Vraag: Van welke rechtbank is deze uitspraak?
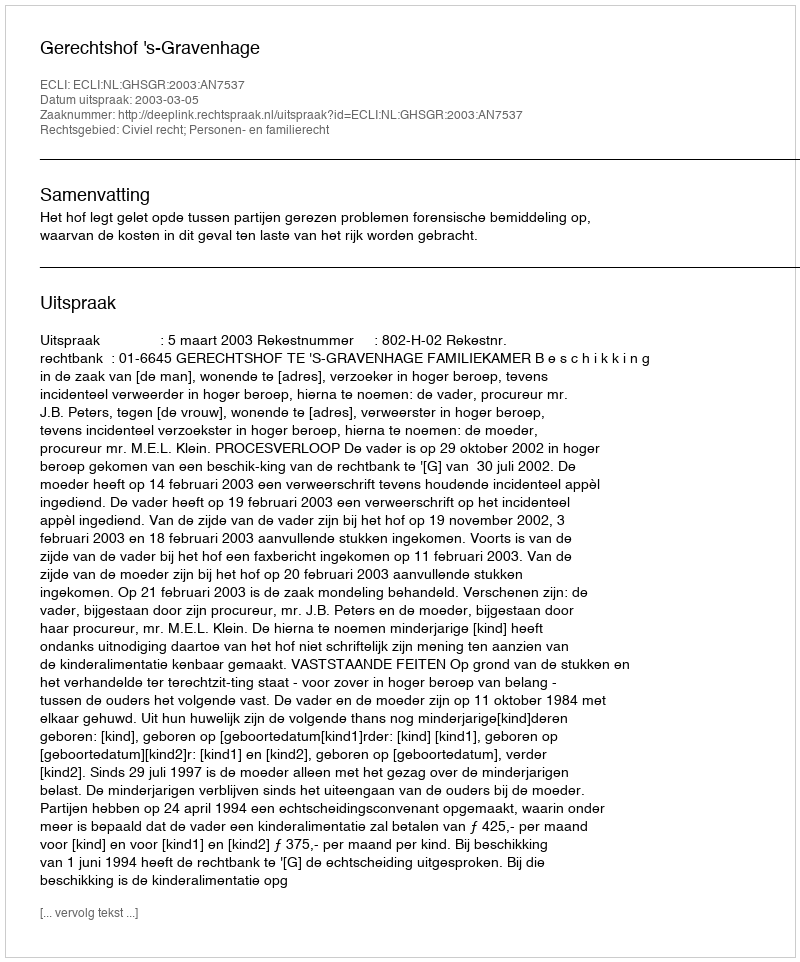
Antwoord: Gerechtshof 's-Gravenhage